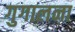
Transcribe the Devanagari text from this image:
गुगालना